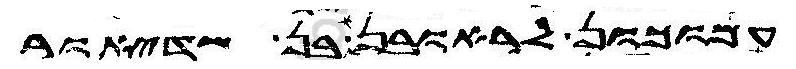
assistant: עמוכון לראובן אליצור בן שדיאור